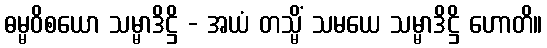
ဓမ္မဝိစယော သမ္မာဒိဋ္ဌိ - အယံ တသ္မိံ သမယေ သမ္မာဒိဋ္ဌိ ဟောတိ။